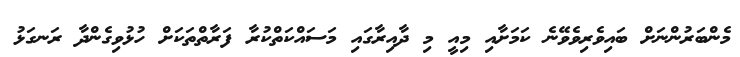
މެންބަރުންނަށް ބައިވެރިވެވޭނެ ކަމަށާއި މިއީ މި ދާއިރާގައި މަސައްކަތްކުރާ ފަރާތްތަކަށް ހުޅުވިގެންދާ ރަނގަޅު